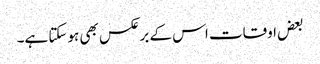
بعض اوقات اس کے برعکس بھی ہوسکتا ہے۔